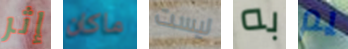
إثر ماكان ليست به يم